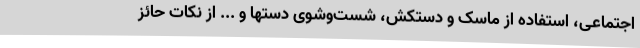
اجتماعی، استفاده از ماسک و دستکش، شست‌وشوی دستها و ... از نکات حائز